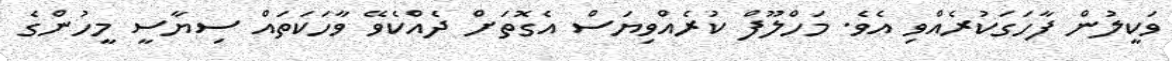
ވަކީލުން ފާހަގަކުރެއްވި އެވެ. މަހްލޫފް ކުރެއްވިޔަސް އެގޮތަށް ދެއްކެވޭ ވާހަކަތައް ސިޔާސީ މީހުންގެ